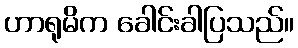
ဟာရုမိက ခေါင်းခါပြသည်။